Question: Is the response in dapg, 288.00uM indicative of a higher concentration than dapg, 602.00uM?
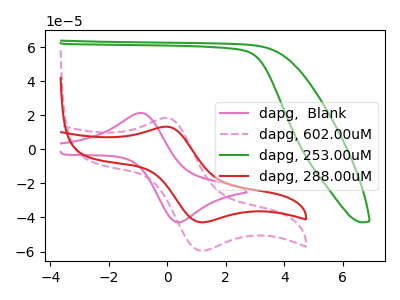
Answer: <think>The pink curve "dapg,  Blank" has an anodic peak at (-0.90V, 21.35uA) and a cathodic peak at (0.30V, -42.75uA). The pink dashed curve "dapg, 602.00uM" has an anodic peak at (0.00V, 18.40uA) and a cathodic peak at (1.15V, -59.45uA). The green curve "dapg, 253.00uM" has no peaks. The red curve "dapg, 288.00uM" has an anodic peak at (0.00V, 13.25uA) and a cathodic peak at (1.15V, -42.85uA).
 All the peaks in "dapg, 288.00uM" have a peak in "dapg, 602.00uM" at the same potential. Every peak in "dapg, 288.00uM" is lower than every peak in "dapg, 602.00uM".</think>
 <answer>"dapg, 288.00uM" has less signal than "dapg, 602.00uM".</answer>
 <eval>less_signal</eval>